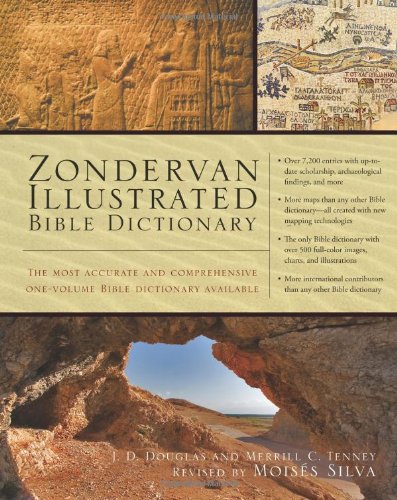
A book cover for Zondervan Illustrated Bible Dictionary (Premier Reference Series); J. D. Douglas; Christian Books & Bibles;